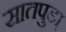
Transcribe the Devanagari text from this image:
सातपुडा़